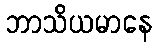
ဘာသိယမာနေ